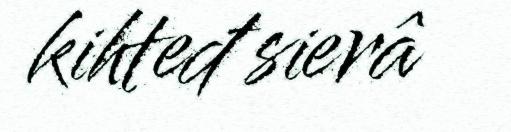
kihteđ sierâ